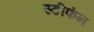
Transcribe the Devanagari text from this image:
स्टीफंन